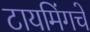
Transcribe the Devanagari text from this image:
टायमिंगचे